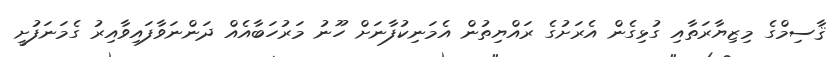
ޤާސިމްގެ މިޒިޔާރަތާއި ގުޅިގެން އެރަށުގެ ރައްޔިތުން އެމަނިކުފާނަށް ހޫނު މަރުހަބާއެއް ދަންނަވާފައިވާއިރު ގެމަނަފުށީ